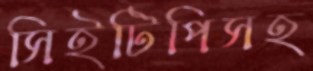
সিইটিপিসহ